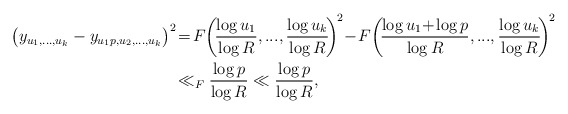
\begin{align*}\bigl(y_{u_1, \dots, u_k} - y_{u_1 p, u_2, \dots, u_k }\bigr)^2\!&=\! F\! \left(\!\frac{\log u_1}{\log R}, ..., \frac{\log u_k}{\log R}\!\right)^{\!2} \!-\! F\!\left(\! \frac{\log u_1 \! +\! \log p}{\log R},..., \frac{\log u_k}{\log R}\! \right)^{\! 2}\\&\ll_F \frac{\log p}{\log R} \ll \frac{\log p}{\log R},\end{align*}